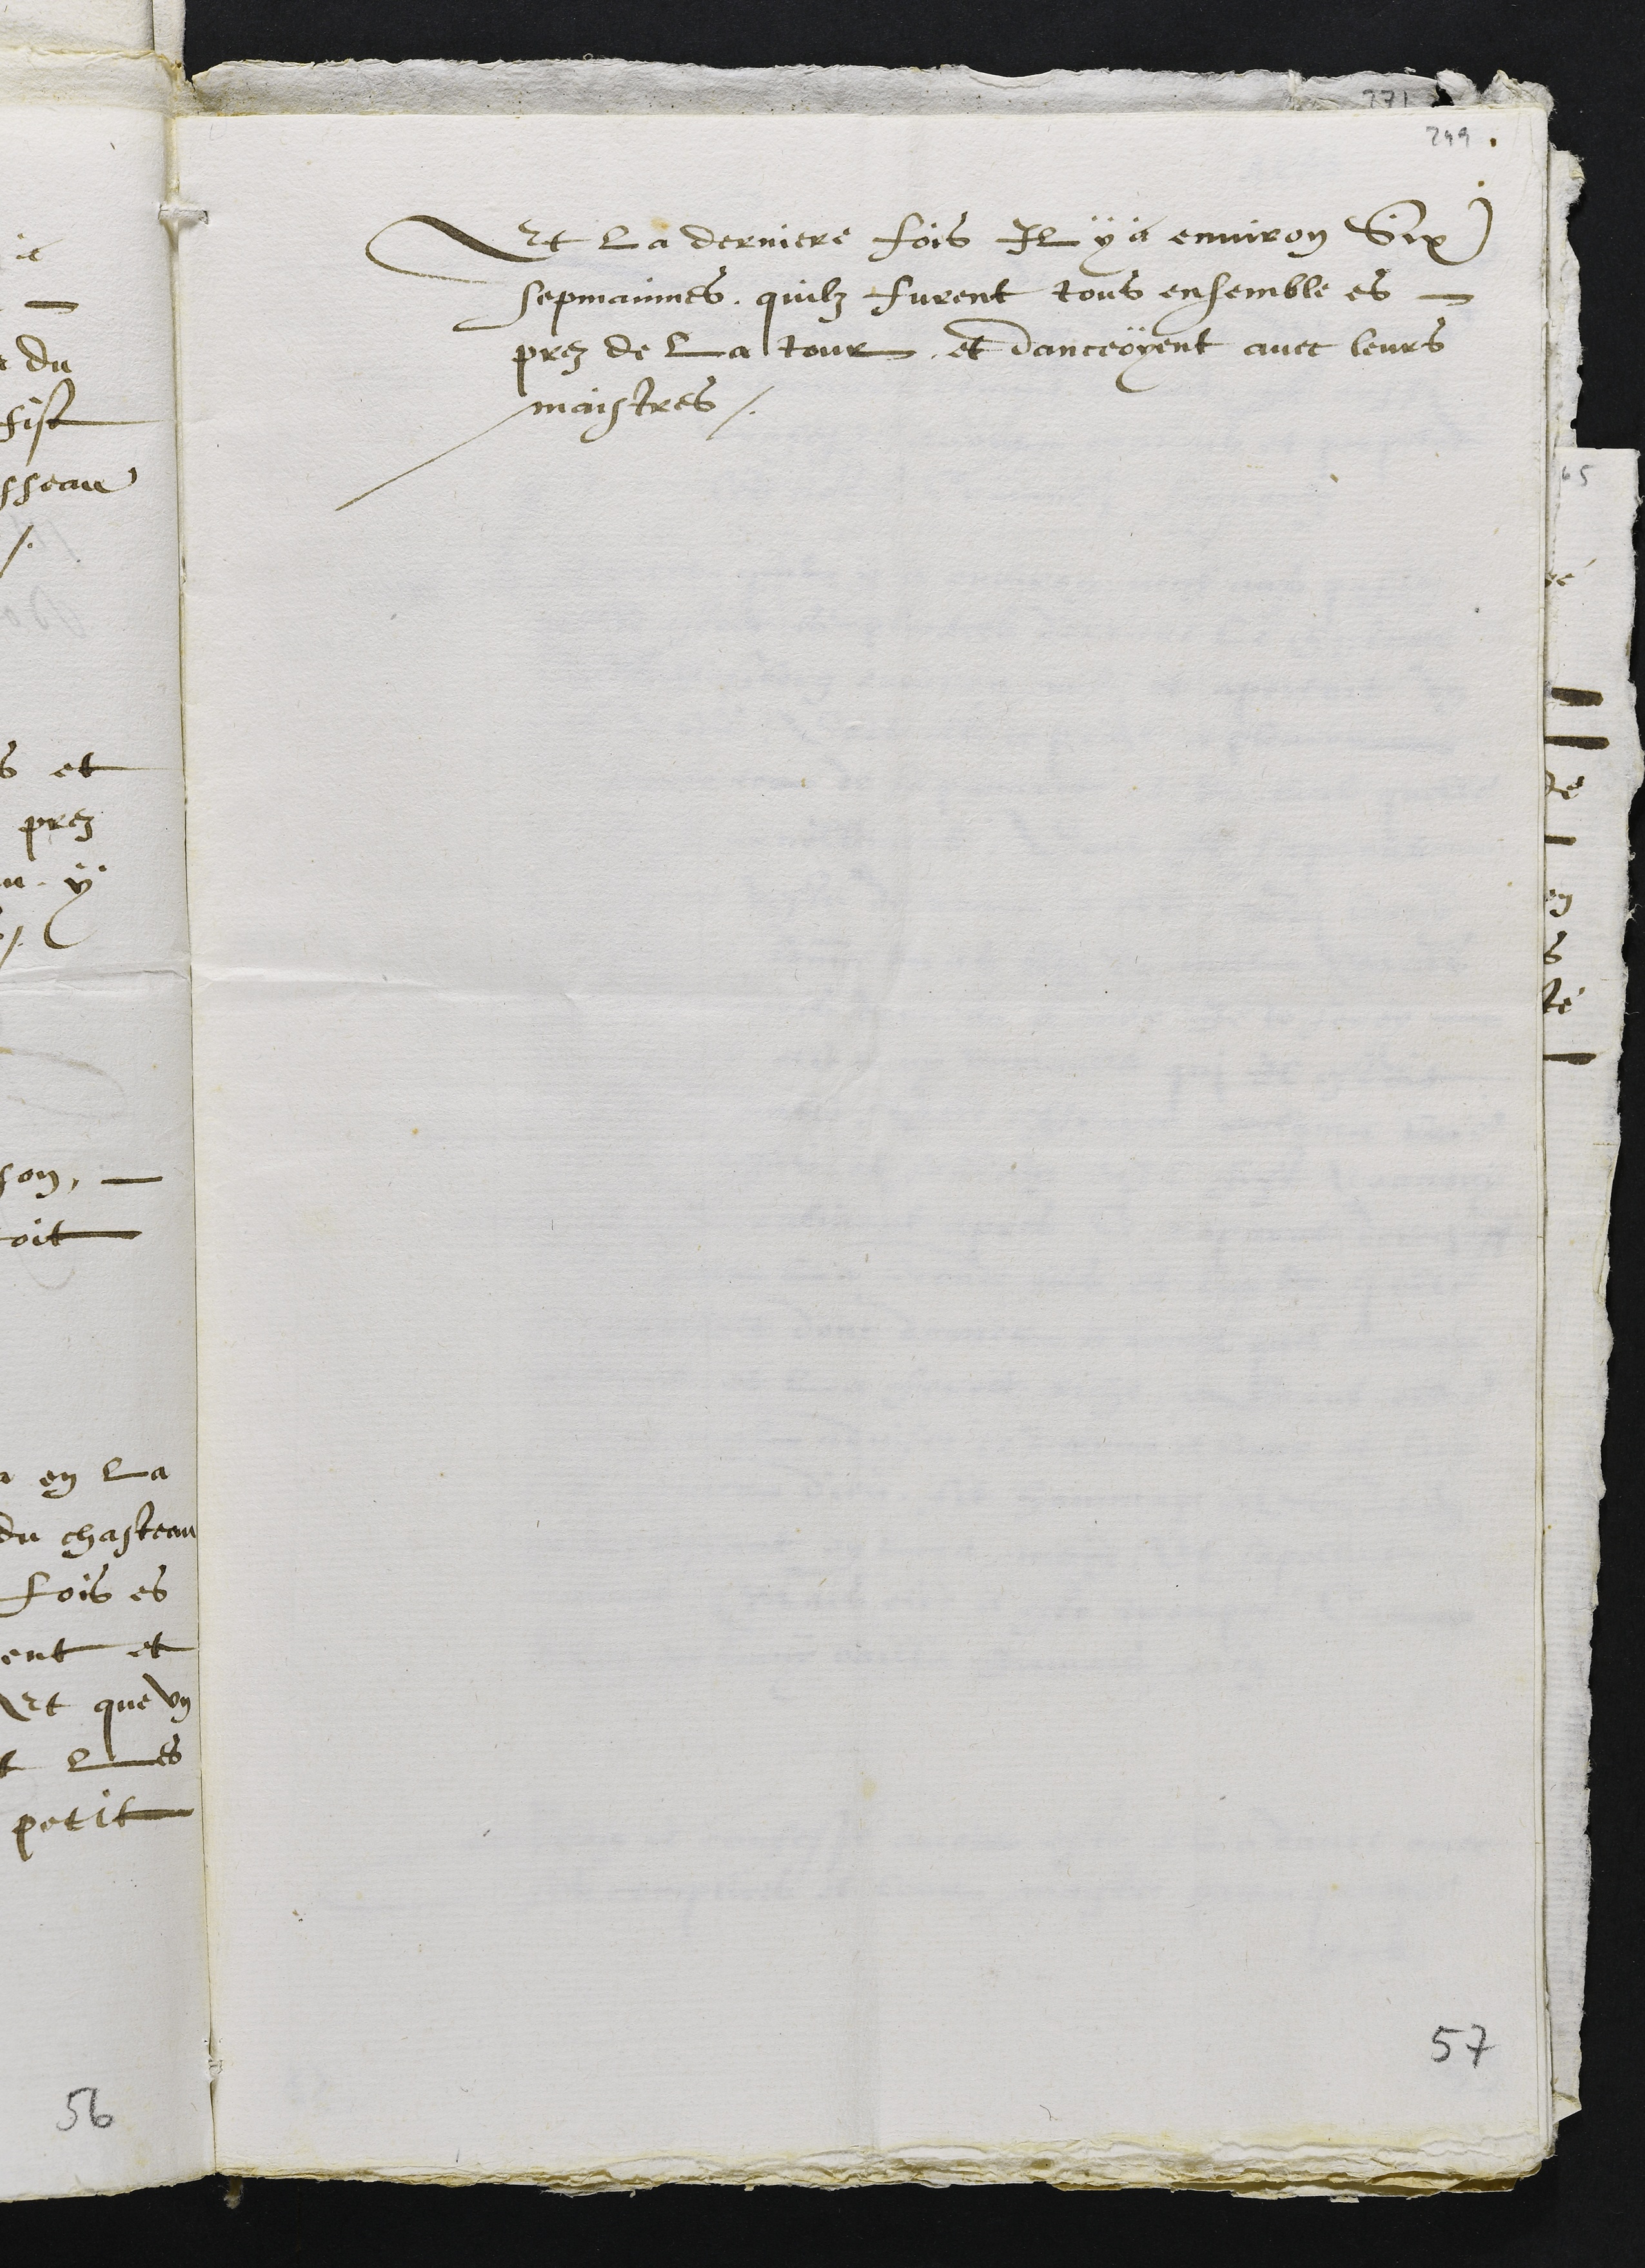
Et la derniere fois Il y a environ Six
sepmaines quilz furent tous ensemble es
prez de la tour et danceoyent avec leurs
maistres.

57